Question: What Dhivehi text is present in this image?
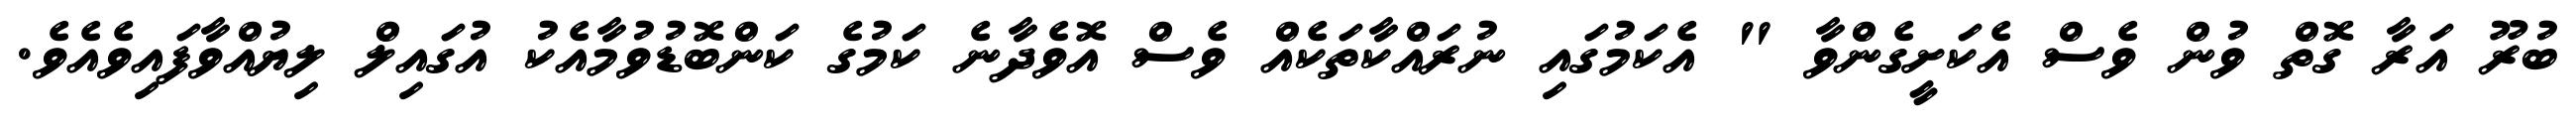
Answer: ބުރޫ އަރާ ގޮތް ވުން ވެސް އެކަށީގެންވާ " އެކަމުގައި ނުރައްކާތަކެއް ވެސް އޮވެދާނެ ކަމުގެ ކަންބޮޑުވުމާއެކު އުގައިލް ލިޔުއްވާފައިވެއެވެ.